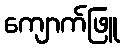
ကျောက်ဖြူ